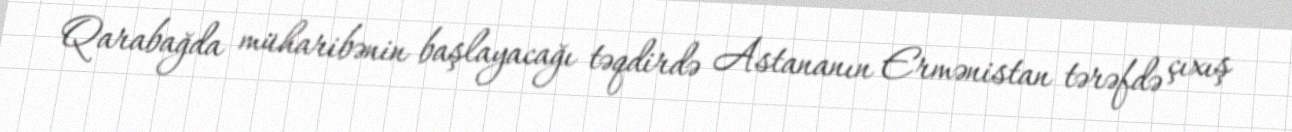
Qarabağda müharibənin başlayacağı təqdirdə Astananın Ermənistan tərəfdə çıxış